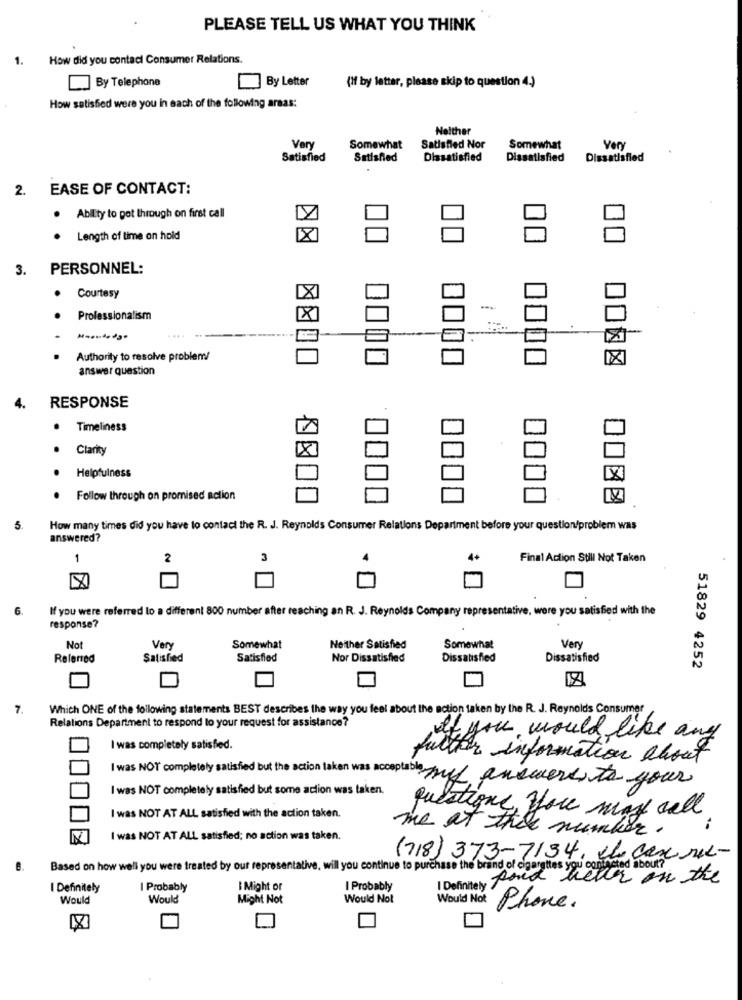
PLEASE TELL US WHAT YOU THINK
1. How did you contact Consumer Relations.
By Letter
(If by letter, please skip to question 4.)
[] By Telephone
How satisfied were you in each of the following areas:
Neither
Very
Somewhat
Satisfied Nor
Somewhat
Very
Satisfied
Satisfied
Dissatisfied
Dissatisfied
Dissatisfied
2.
EASE OF CONTACT:
. Ability to pot through on first call
Length of time on hold
3.
PERSONNEL:
IX
.
Courtesy
Professionalism
-
Authority to resolve problems/
answer question
4.
RESPONSE
.
Timeliness
Clarity
Helpfulness
Follow through on promised action
5.
How many times did you have to contact the R. J. Reynolds Consumer Relations Department before your question/problem was
answered?
1
2
3
4+
Final Action Still Not Taken
6.
If you were referred to a different 800 number after reaching an R. J. Reynolds Company representative, were you satisfied with the
response?
Not
Very
Somewhat
Neither Satisfied
Somewhat
Very
Referred
Satisfied
Satisfied
Nor Dissatisfied
Dissatisfied
Dissatisfied
51829 4252
7.
Which ONE of the following statements BEST describes the way you feel about the action taken by the R. J. Reynolds Consumer
Relations Department to respond to your request for assistance?
if you would like any
I was completely satisfied.
further information about
I was NOT completely satisfied but the action taken was acceptable my answers to your
I was NOT completely satisfied but some action was taken.
I was NOT AT ALL satisfied with the action taken.
questions, you may call
me at this number.
I was NOT AT ALL satisfied; no action was taken.
(718) 373-7134, ce cas rec-
Based on how well you were treated by our representative, will you continue to purchase the brand of cigarettes you contacted about?
I Definitely Roud heller on the
I Definitely
I Probably
I Might or
I Probably
Would
Would
Might Not
Would Not
Would Not
Phone.